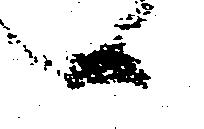
へ